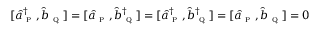
[ \hat { a } _ { \textsc { p } } ^ { \dagger } , \hat { b } _ { \textsc { q } } ] = [ \hat { a } _ { \textsc { p } } , \hat { b } _ { \textsc { q } } ^ { \dagger } ] = [ \hat { a } _ { \textsc { p } } ^ { \dagger } , \hat { b } _ { \textsc { q } } ^ { \dagger } ] = [ \hat { a } _ { \textsc { p } } , \hat { b } _ { \textsc { q } } ] = 0